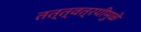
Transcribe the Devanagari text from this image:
तत्त्वत्रयीमुळे